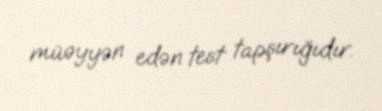
müəyyən edən test tapşırığıdır.